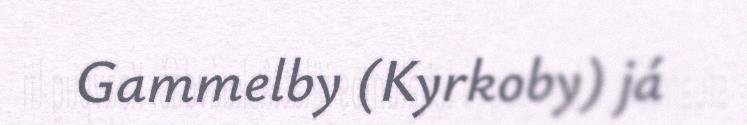
Gammelby (Kyrkoby) já